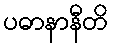
ပဓာနာနီတိ